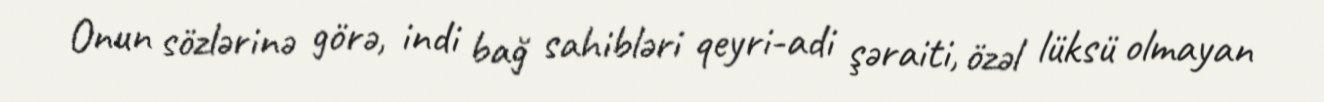
Onun sözlərinə görə, indi bağ sahibləri qeyri-adi şəraiti, özəl lüksü olmayan